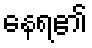
နေရ၏